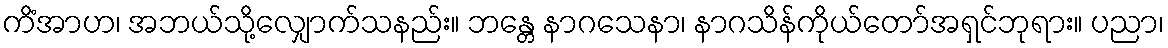
ကိံအာဟ၊ အဘယ်သို့လျှောက်သနည်း။ ဘန္တေ နာဂသေနာ၊ နာဂသိန်ကိုယ်တော်အရှင်ဘုရား။ ပညာ၊